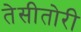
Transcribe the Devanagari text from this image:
तेसीतोरी